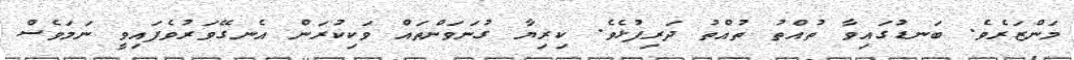
މަންޒަރެވެ. ބަނޑުގައިވާ ތުއްތު ތުއްތު ދަރިފުޅެވެ. ކިރިޔާ ގުނަވަންތައް ވަކިކުރަން އެނގޭވަރުވެފައިވީ ނަމަވެސް